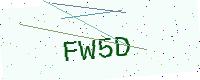
Text: FW5D